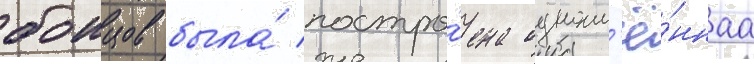
боицов была́ постро́ена одноим'ё́ннаа